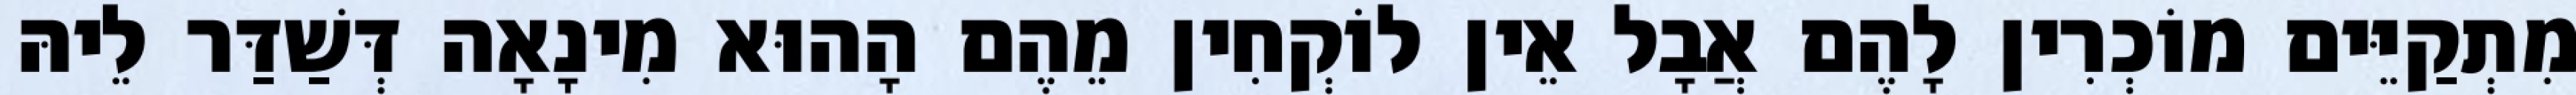
מִתְקַיֵּים מוֹכְרִין לָהֶם אֲבָל אֵין לוֹקְחִין מֵהֶם הָהוּא מִינָאָה דְּשַׁדַּר לֵיהּ